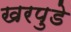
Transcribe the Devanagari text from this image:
खरपुडे